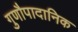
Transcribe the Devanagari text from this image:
गुणौपादानिक